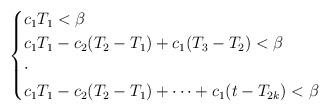
LaTeX: \begin{align*}\begin{cases}c_1T_1<\beta\\c_1T_1-c_2(T_2-T_1)+c_1(T_3-T_2)<\beta\\\cdot\\c_1T_1-c_2(T_2-T_1)+\dots+c_1(t-T_{2k})<\beta\end{cases}\end{align*}